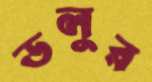
ডলুর